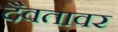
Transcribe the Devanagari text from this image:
दैवतावर